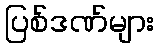
ပြစ်ဒဏ်များ